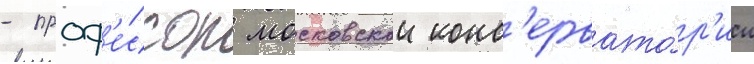
- проф'е́ссор московскои конс'ервато́р'ии